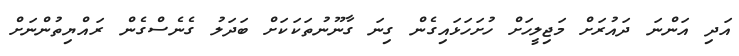
އަދި އަންނަ ދައުރަށް މަޖިލީހަށް ހުށަހަޅައިގެން ގިނަ ގާނޫނުތަކަކަށް ބަދަލު ގެނެސްގެން ރައްޔިތުންނަށް